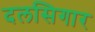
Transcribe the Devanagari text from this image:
दलसिगार